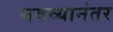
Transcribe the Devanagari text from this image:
नवव्यानंतर